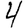
Digit: 4